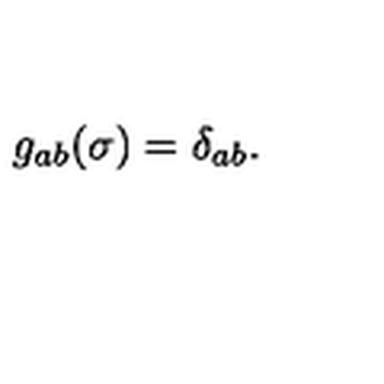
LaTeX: g _ { a b } ( \sigma ) = \delta _ { a b } .